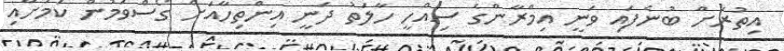
އިތުރަށް ބުނެފައި ވަނީ އިމްރާންގެ ސިއްހީ ހާލަތު ދަނީ އިންތިހާއަށް ގޯސްވަމުން ކަމަށާއި